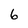
Character: 6